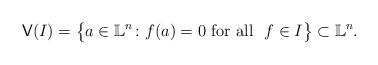
LaTeX: \begin{align*}\mathsf{V}(I )=\big\{a\in \mathbb{L}^{n}\colon f(a)=0\ {\rm for\ all\ }~f\in I \big\}\subset \mathbb{L}^{n}.\end{align*}